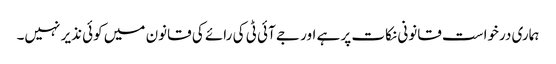
ہماری درخواست قانونی نکات پر ہے اور جے آئی ٹی کی رائے کی قانون میں کوئی نذیر نہیں۔